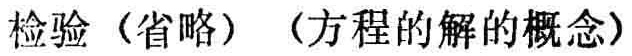
检验（省略）（方程的解的概念）